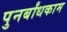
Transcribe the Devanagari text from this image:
पुनर्बांधकाम